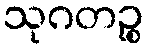
သုဂတဉ္စ